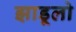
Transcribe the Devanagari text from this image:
झाडूलो